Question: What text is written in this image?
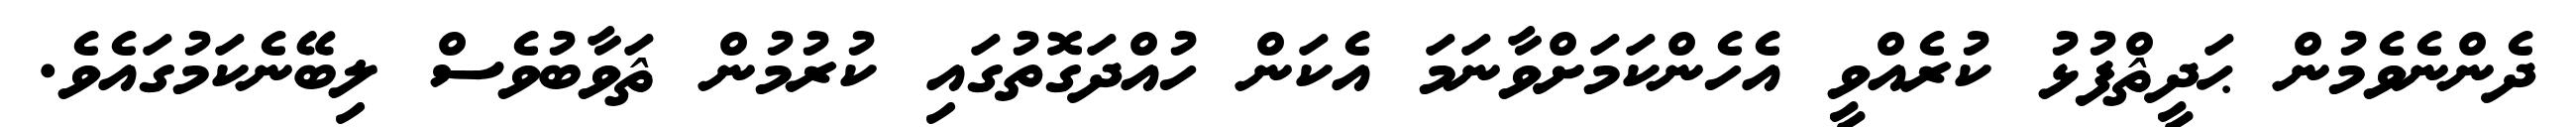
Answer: ދެންނެވެމުން ޙަދީޘްފުޅު ކުރެއްވީ އެހެންކަމަށްވާނަމަ އެކަން ހުއްދަގޮތުގައި ކުރުމުން ޘަވާބުވެސް ލިބޭނެކަމުގައެވެ.